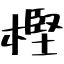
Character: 樫